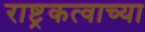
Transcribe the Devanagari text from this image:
राष्ट्रकत्वाच्या